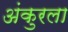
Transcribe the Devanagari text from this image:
अंकुरला